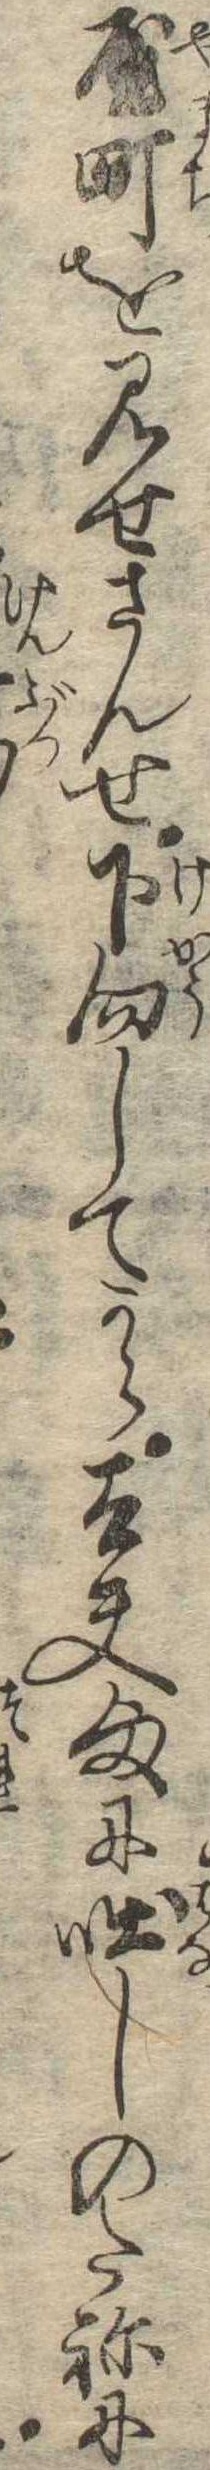
屋町を見せさんせ下向してから太夫様に咄しのたねに